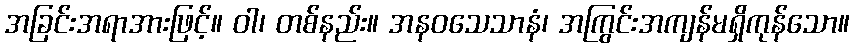
အခြင်းအရာအားဖြင့်။ ဝါ၊ တစ်နည်း။ အနဝသေသာနံ၊ အကြွင်းအကျန်မရှိကုန်သော။